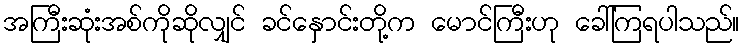
အကြီးဆုံးအစ်ကိုဆိုလျှင် ခင်နှောင်းတို့က မောင်ကြီးဟု ခေါ်ကြရပါသည်။